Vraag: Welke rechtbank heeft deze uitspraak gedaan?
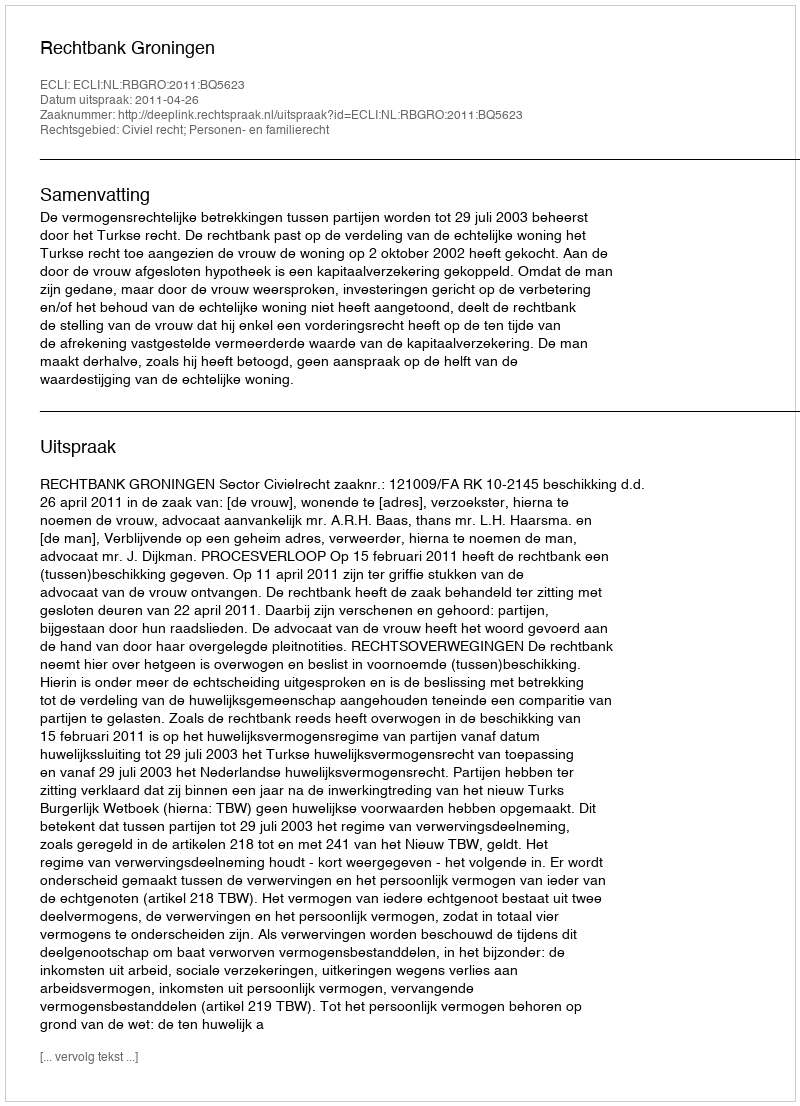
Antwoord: Rechtbank Groningen